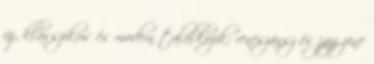
új, klasszikus és modern találkozik: reneszánsz és jazz zene